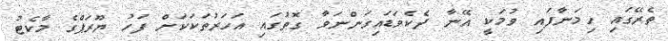
ތެރޭގައި ހިމަނާފައި ވުމަކީ އޭނާ ދެކެވަޑައިގަންނަވާ ގޮތުގައި އަހަރުތަކަކަށް ފަހު ޔޫރަޕްގެ މާކެޓު